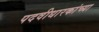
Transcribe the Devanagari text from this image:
पदवीधारकांच्या